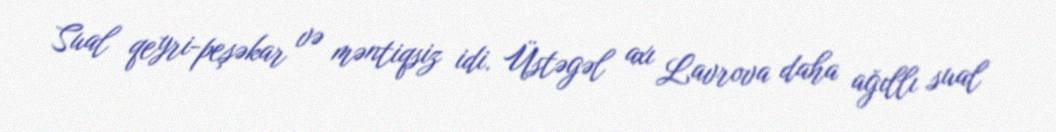
Sual qeyri-peşəkar və məntiqsiz idi. Üstəgəl axı Lavrova daha ağıllı sual